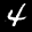
Label: 4